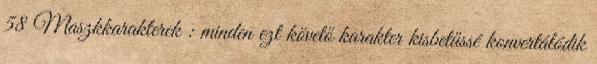
58 Maszkkarakterek : minden ezt követő karakter kisbetűssé konvertálódik